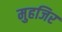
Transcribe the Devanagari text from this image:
मुहजिर